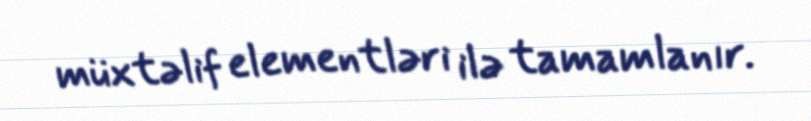
müxtəlif elementləri ilə tamamlanır.